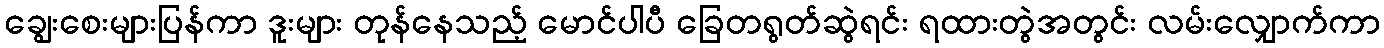
ချွေးစေးများပြန်ကာ ဒူးများ တုန်နေသည့် မောင်ပါပီ ခြေတရွတ်ဆွဲရင်း ရထားတွဲအတွင်း လမ်းလျှောက်ကာ